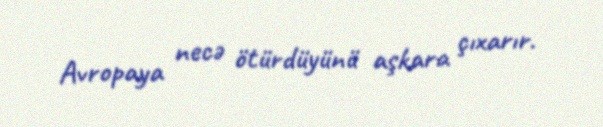
Avropaya necə ötürdüyünü aşkara çıxarır.